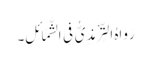
رَوَاہُ التِّرْمِذِیُّ فِی الشَّمَائِلِ۔